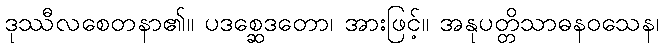
ဒုဿီလစေတနာ၏။ ပဒစ္ဆေဒတော၊ အားဖြင့်။ အနုပတ္တိသာဓနဝသေန၊